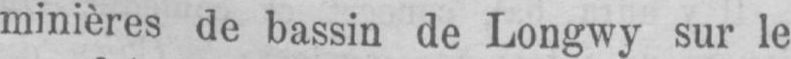
minières de bassin de Longwy sur le